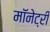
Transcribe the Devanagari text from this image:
मॉनेट्री